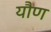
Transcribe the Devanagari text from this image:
यौण